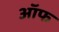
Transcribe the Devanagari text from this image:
ऑफ